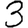
Digit: 3